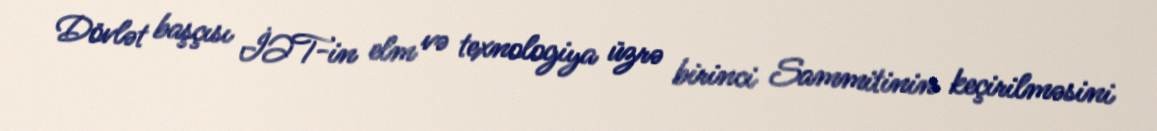
Dövlət başçısı İƏT-in elm və texnologiya üzrə birinci Sammitinin keçirilməsini